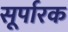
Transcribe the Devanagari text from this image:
सूर्पारक